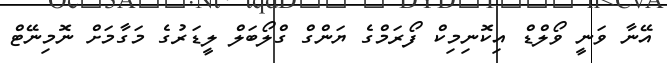
އޭނާ ވަނީ ވޯލްޑް އިކޮނިމިކް ފޯރަމްގެ ޔަންގް ގްލޯބަލް ލީޑަރުގެ މަގާމަށް ނޮމިނޭޓް